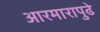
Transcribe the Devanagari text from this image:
आरमारापुढे